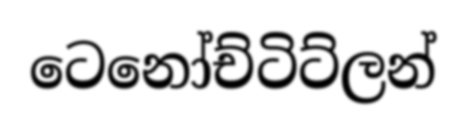
ටෙනෝච්ටිට්ලන්